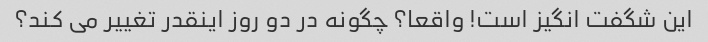
این شگفت انگیز است! واقعا؟ چگونه در دو روز اینقدر تغییر می کند؟